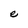
Character: e